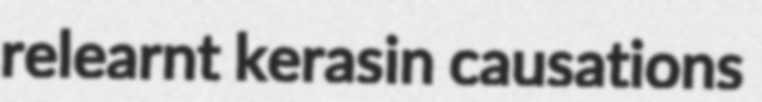
relearnt kerasin causations